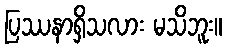
ပြဿနာရှိသလား မသိဘူး။